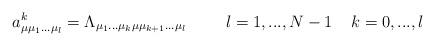
LaTeX: \begin{align*}a^{k}_{\mu \mu_{1}...\mu_{l}}=\Lambda_{\mu_{1}...\mu_{k} \mu \mu_{k+1}... \mu_{l}}\hspace{1cm} l=1,...,N-1 \;\;\;\; k=0,...,l\end{align*}